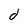
Character: d